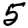
Digit: 5